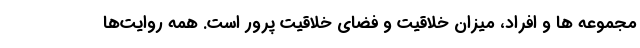
مجموعه ها و افراد، میزان خلاقیت و فضای خلاقیت پرور است. همه روایت‌ها